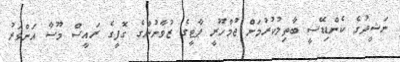
ނަޝީދުގެ ކެންޑިޑޭސީ ބާތިލުކުރުމަށް ޖުމްހޫރީ ޕާޓީގެ ޒުވާނުންގެ ގޮފީގެ ރައީސް މޫސާ އަންވަރު